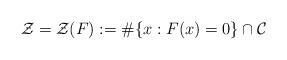
LaTeX: \begin{align*}\mathcal{Z}=\mathcal{Z}(F):=\#\{x : F(x)=0\} \cap \mathcal{C}\end{align*}